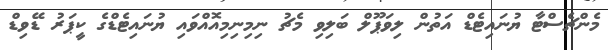
މެންޗެސްޓާ ޔުނައިޓެޑް އަތުން ލިވަޕޫލް ބަލިވި މެޗު ނިމިނިމިއޮއްވައި ޔުނައިޓެޑްގެ ކީޕަރު ޑޭވިޑް